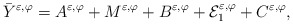
\begin{align*}\bar{Y}^{\varepsilon ,\varphi }=A^{\varepsilon ,\varphi }+M^{\varepsilon,\varphi }+B^{\varepsilon ,\varphi }+\mathcal{E}_{1}^{\varepsilon ,\varphi}+C^{\varepsilon ,\varphi }, \end{align*}